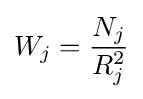
W_{j}={\frac {N_{j}}{R_{j}^{2}}}